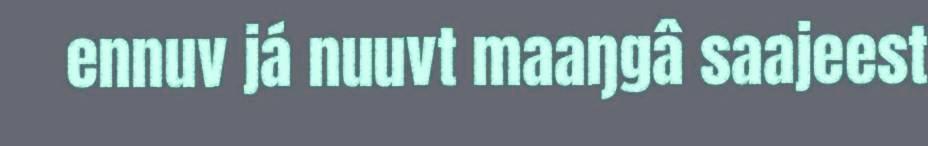
ennuv já nuuvt maaŋgâ saajeest